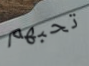
تحبهم